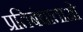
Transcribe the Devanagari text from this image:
प्रतिबंधाताओ